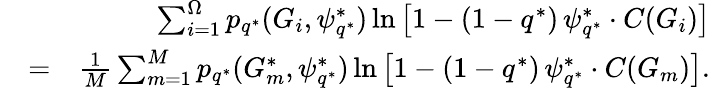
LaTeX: \begin{array}{rlr}&{}&{\sum_{i=1}^{\Omega}p_{q^{*}}(G_{i},\psi_{q^{*}}^{*})\ln\left[1-(1-q^{*})\, \psi_{q^{*}}^{*}\cdot C(G_{i})\right]}\\ &{=}&{\frac{1}{M}\sum_{m=1}^{M}p_{q^{*}}(G_{m}^{*},\psi_{q^{*}}^{*})\ln\left[1-(1-q^{*})\, \psi_{q^{*}}^{*}\cdot C(G_{m})\right].}\end{array}